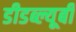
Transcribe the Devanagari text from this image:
डीडब्ल्यूबी